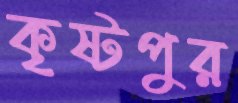
কৃষ্টপুর